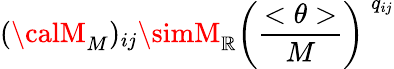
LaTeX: ({\calM}_{M})_{ij}\simM_{\mathbb{R}}\left(\frac{{<\theta>}}{{M}}\right)^{\: q_{ij}}